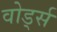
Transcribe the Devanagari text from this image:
वोर्ड्स